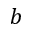
b